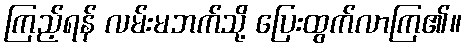
ကြည့်ရန် လမ်းမဘက်သို့ ပြေးထွက်လာကြ၏။